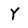
Character: Y